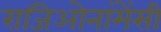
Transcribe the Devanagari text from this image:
राजिओनांमेंसी